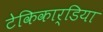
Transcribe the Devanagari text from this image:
टेकिकार्डिया